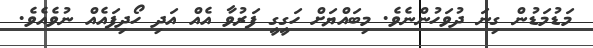
މަޑުމަޑުން ގިނަ ދުވަހުންނެވެ. މިބައްޔަށް ހަގީގީ ފަރުވާ އެއް އަދި ހޯދިފައެއް ނުވެއެވެ.